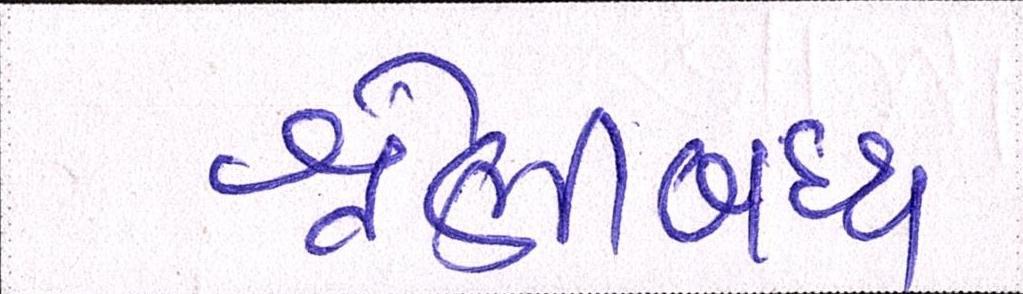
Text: શ્રેણીબધ્ધ